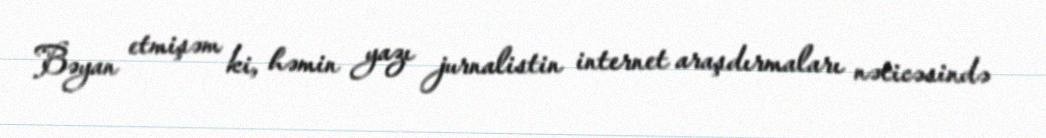
Bəyan etmişəm ki, həmin yazı jurnalistin internet araşdırmaları nəticəsində